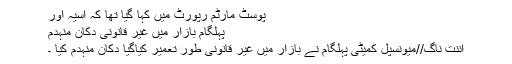
پوسٹ مارٹم رپورٹ میں کہا گیا تھا کہ آسیہ اور
پہلگام بازار میں غیر قانونی دکان منہدم
اننت ناگ//میونسپل کمیٹی پہلگام نے بازار میں غیر قانونی طور تعمیر کیاگیا دکان منہدم کیا ۔